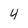
Character: 4